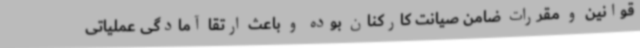
قوانین و مقررات ضامن صیانت کارکنان بوده و باعث ارتقا آمادگی عملیاتی